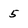
Character: 5